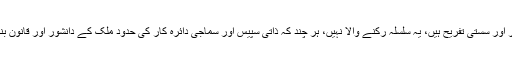
روز روز کی بیڈروم اسٹوریز تو اب بیسٹ سیلر اور سستی تفریح ہیں، یہ سلسلہ رکنے والا نہیں، ہر چند کہ ذاتی سپیس اور سماجی دائرہ کار کی حدود ملک کے دانشور اور قانون بنانے والے ادارے میز پر بیٹھ کر متعین کر لیں۔